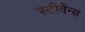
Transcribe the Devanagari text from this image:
स्टीवेंन्स